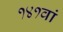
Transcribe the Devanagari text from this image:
१४१वां